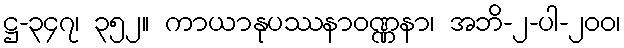
ဋ္ဌ-၃၄၇၊ ၃၅၂။ ကာယာနုပဿနာဝဏ္ဏနာ၊ အဘိ-၂-ပါ-၂၀၀၊